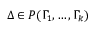
\Delta \in P ( \Gamma _ { 1 } , \dots , \Gamma _ { k } )